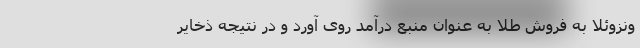
ونزوئلا به فروش طلا به عنوان منبع درآمد روی آورد و در نتیجه ذخایر